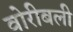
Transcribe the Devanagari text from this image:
वोरीबली